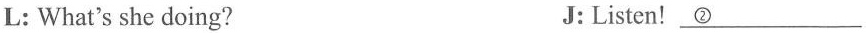
L: What's she doing? J:Listen!\underline{②}